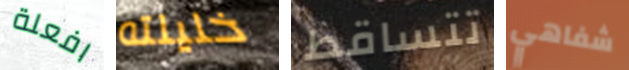
افعلة خليلته تتساقط شفاهي